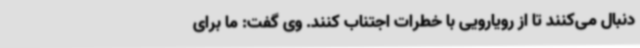
دنبال می‌کنند تا از رویارویی با خطرات اجتناب کنند. وی گفت: ما برای